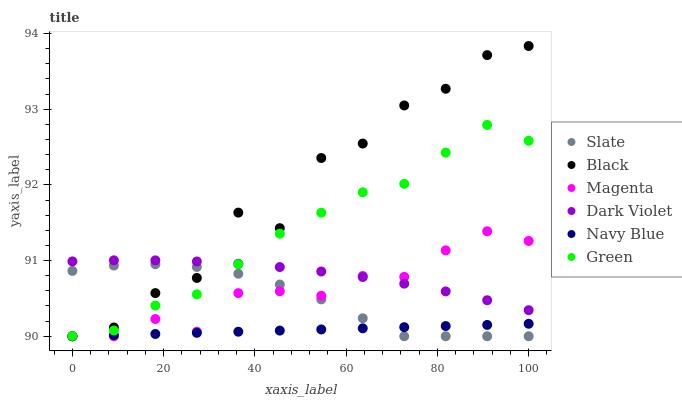
| xaxis_label | Slate | Black | Magenta | Dark Violet | Navy Blue | Green |
 | --- | --- | --- | --- | --- | --- | --- |
 | 0 | 90.9 | 90 | 90 | 91 | 90 | 90 |
 | 9.09 | 90.9 | 90.1 | 90 | 91 | 90 | 90.1 |
 | 18.2 | 91 | 90.6 | 90.2 | 91 | 90 | 90.4 |
 | 27.3 | 90.9 | 90.8 | 90.1 | 91 | 90 | 90.6 |
 | 36.4 | 90.8 | 91.6 | 90.6 | 91 | 90.1 | 91 |
 | 45.5 | 90.7 | 91.4 | 90.6 | 90.9 | 90.1 | 91.4 |
 | 54.5 | 90.5 | 92.4 | 90.5 | 90.9 | 90.1 | 91.6 |
 | 63.6 | 90.2 | 92.5 | 90.8 | 90.8 | 90.1 | 91.9 |
 | 72.7 | 90 | 93 | 90.8 | 90.7 | 90.1 | 92 |
 | 81.8 | 90 | 93.3 | 91.1 | 90.6 | 90.1 | 92.4 |
 | 90.9 | 90 | 93.7 | 91.4 | 90.5 | 90.1 | 92.8 |
 | 100 | 90 | 93.8 | 91.3 | 90.3 | 90.2 | 92.6 |